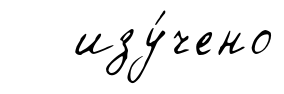
изу́чено